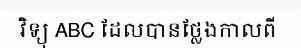
វិទ្យុ ABC ដែលបានថ្លែងកាលពី